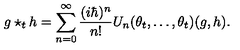
g \star _ { t } h = \sum _ { n = 0 } ^ { \infty } \frac { ( i \hbar ) ^ { n } } { n ! } U _ { n } ( \theta _ { t } , \ldots , \theta _ { t } ) ( g , h ) .